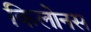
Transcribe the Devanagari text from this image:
किलोनस